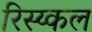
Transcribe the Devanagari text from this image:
रिस्य्कल